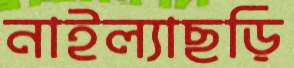
নাইল্যাছড়ি